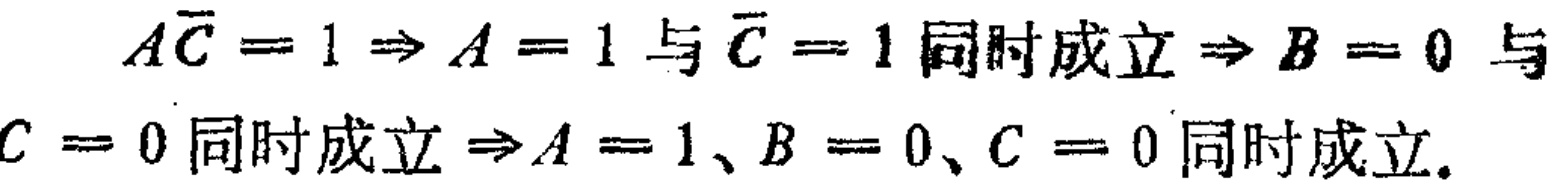
\(A\overline{C}=1\Rightarrow A = 1\text{ 与 }\overline{C}=1\text{ 同时成立}\Rightarrow B = 0\text{ 与 }C = 0\text{ 同时成立}\Rightarrow A = 1、B = 0、C = 0\text{ 同时成立}.\)